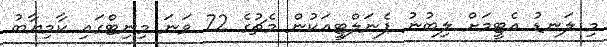
މި ލަނޑު އެޓީމަށް ލިބުނު ޕެނަލްޓީއަކުން މެޗުގެ 72 ވަނަ މިނިޓްގައި ކާމިޔާބު